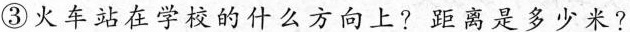
③火车站在学校的什么方向上?距离是多少米?